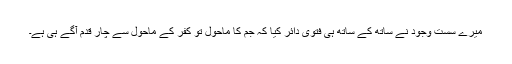
میرے سست وجود نے ساتھ کے ساتھ ہی فتویٰ دائر کیا کہ جم کا ماحول تو کفر کے ماحول سے چار قدم آگے ہی ہے۔